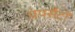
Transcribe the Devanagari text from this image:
पंपसैटों